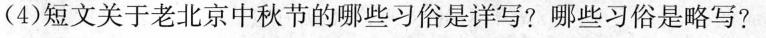
(4)短文关于老北京中秋节的哪些习俗是详写?哪些习俗是略写?